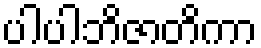
ပါပါဘိဇာတိကာ